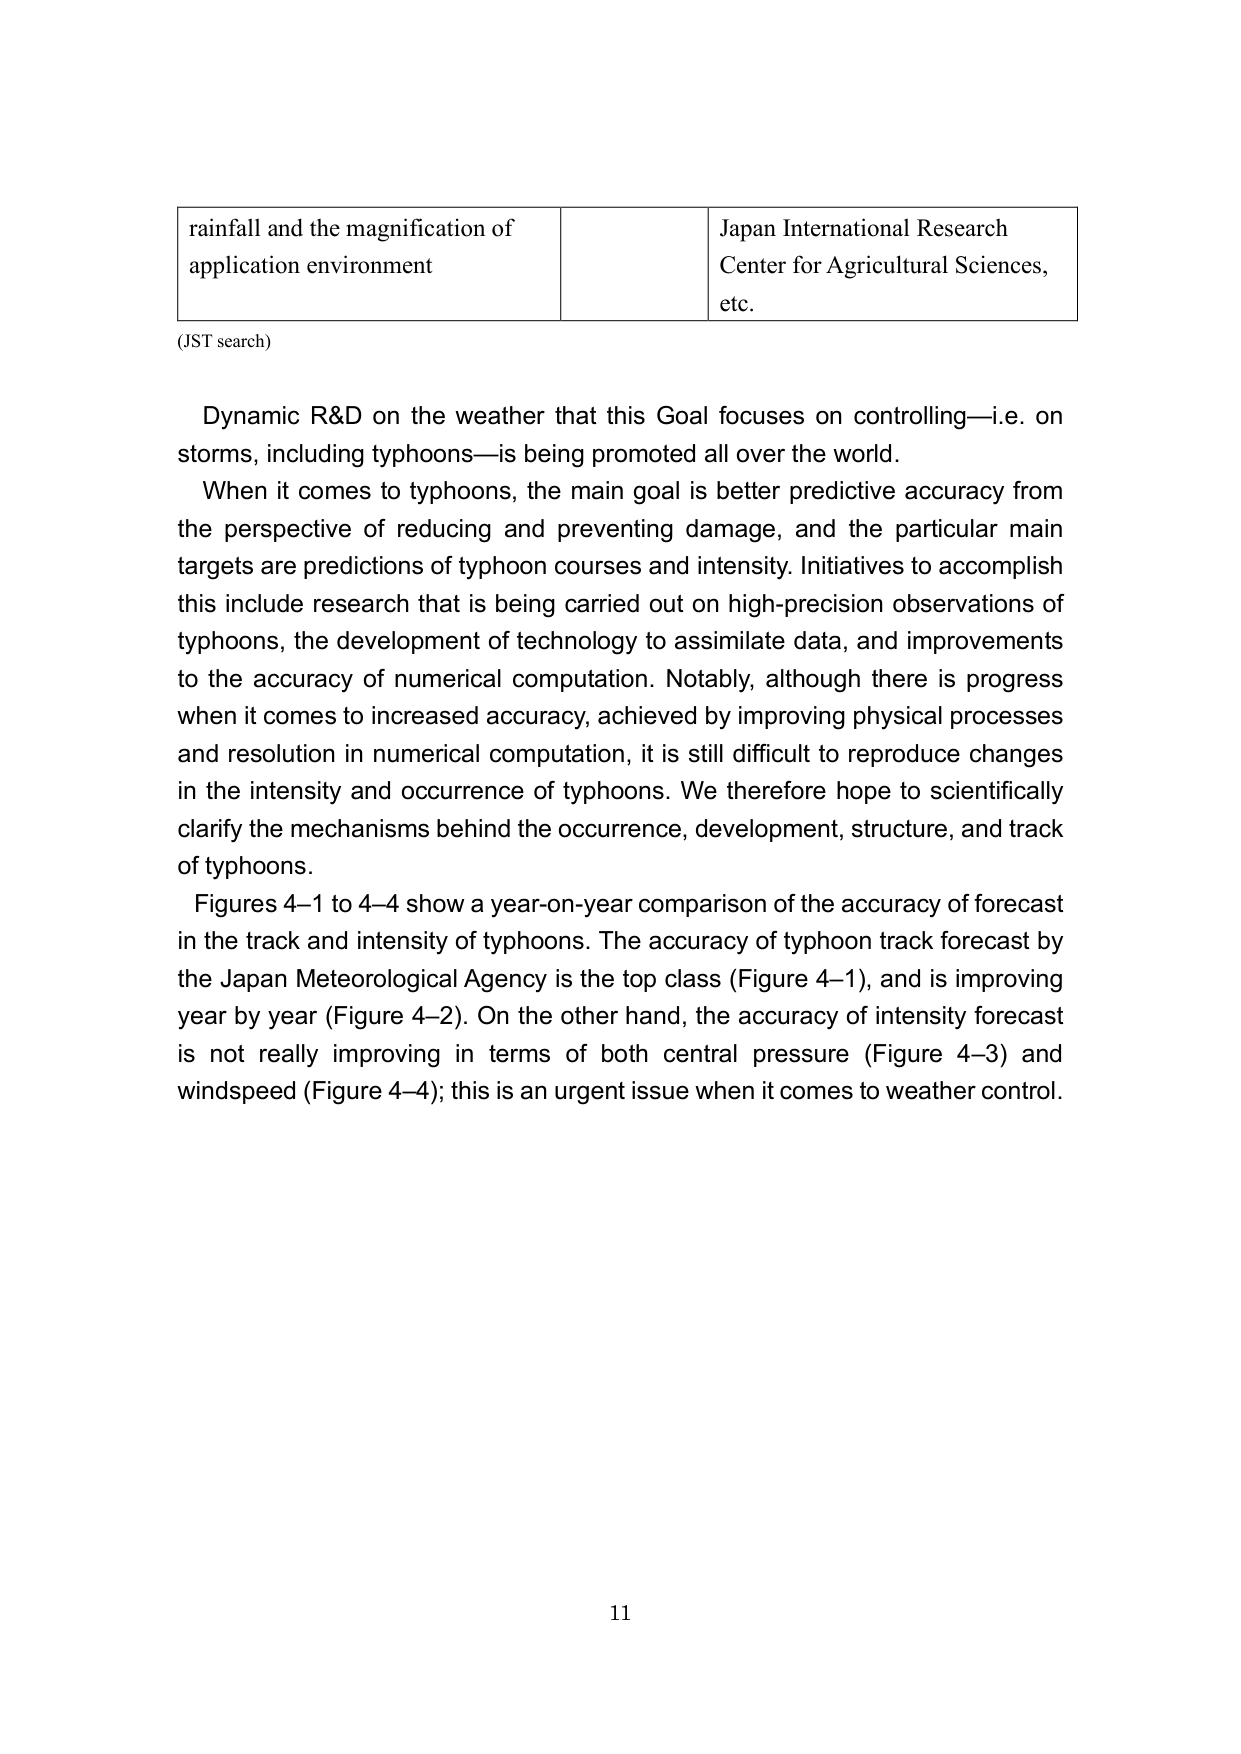
rainfall and the magnification of
application environment
Japan International Research
Center for Agricultural Sciences,
etc.
(JST search)
Dynamic R&D on the weather that this Goal focuses on controlling—i.e. on
storms, including typhoons—is being promoted all over the world.
When it comes to typhoons, the main goal is better predictive accuracy from
the perspective of reducing and preventing damage, and the particular main
targets are predictions of typhoon courses and intensity. Initiatives to accomplish
this include research that is being carried out on high-precision observations of
typhoons, the development of technology to assimilate data, and improvements
to the accuracy of numerical computation. Notably, although there is progress
when it comes to increased accuracy, achieved by improving physical processes
and resolution in numerical computation, it is still difficult to reproduce changes
in the intensity and occurrence of typhoons. We therefore hope to scientifically
clarify the mechanisms behind the occurrence, development, structure, and track
of typhoons.
Figures 4–1 to 4–4 show a year-on-year comparison of the accuracy of forecast
in the track and intensity of typhoons. The accuracy of typhoon track forecast by
the Japan Meteorological Agency is the top class (Figure 4–1), and is improving
year by year (Figure 4–2). On the other hand, the accuracy of intensity forecast
is not really improving in terms of both central pressure (Figure 4–3) and
windspeed (Figure 4–4); this is an urgent issue when it comes to weather control.
11